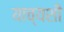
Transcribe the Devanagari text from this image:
याच्यशी